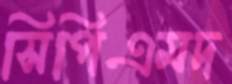
সিপিএমদ